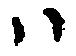
ハ